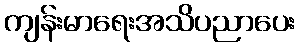
ကျန်းမာရေးအသိပညာပေး